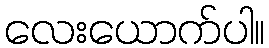
လေးယောက်ပါ။